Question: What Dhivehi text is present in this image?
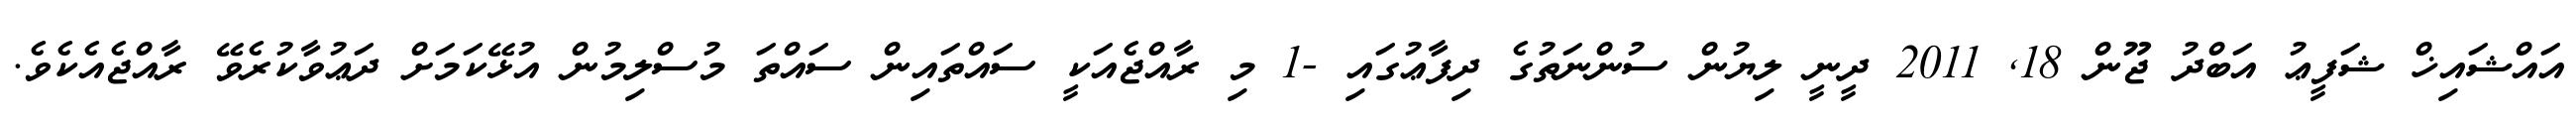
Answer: އައްޝައިޚް ޝަފީޢު އަބްދު ޖޫން 18, 2011 ދީނީ ލިޔުން ސުންނަތުގެ ދިފާޢުގައި -1 މި ރާއްޖެއަކީ ސައްތައިން ސައްތަ މުސްލިމުން އުޅޭކަމަށް ދަޢުވާކުރެވޭ ރާއްޖެއެކެވެ.